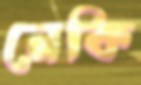
নেকি